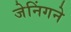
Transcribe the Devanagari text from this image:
जेनिंगने